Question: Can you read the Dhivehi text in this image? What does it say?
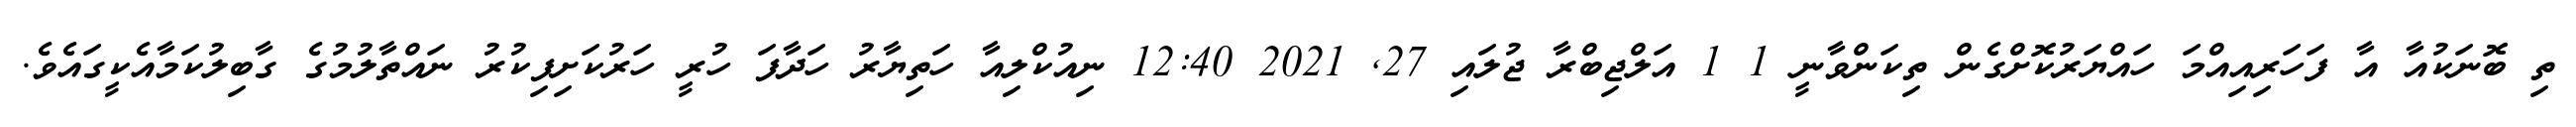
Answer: ތި ބޮނަކުއާ އާ ފަހަރިއިއްމަ ހައްޔަރުކޮށްގެން ތިކަންވާނީ 1 1 އަލްޖިބްރާ ޖުލައި 27, 2021 12:40 ނިއުކްލިއާ ހަތިޔާރު ހަދާފަ ހުރީ ހަރުކަށިފިކުރު ނައްތާލުމުގެ ގާބިލުކަމާއެކީގައެވެ.